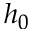
h _ { 0 }